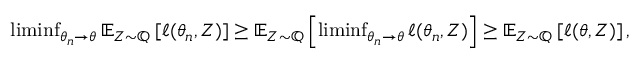
\begin{array} { r } { \operatorname* { l i m i n f } _ { \theta _ { n } \rightarrow \theta } \mathbb E _ { Z \sim \mathbb Q } \left[ \ell ( \theta _ { n } , Z ) \right] \geq \mathbb E _ { Z \sim \mathbb Q } \left[ \operatorname* { l i m i n f } _ { \theta _ { n } \rightarrow \theta } \ell ( \theta _ { n } , Z ) \right] \geq \mathbb E _ { Z \sim \mathbb Q } \left[ \ell ( \theta , Z ) \right] , } \end{array}